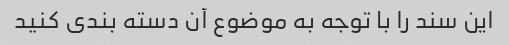
این سند را با توجه به موضوع آن دسته بندی کنید